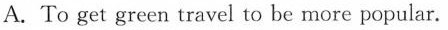
A. To get green travel to be more popular.